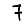
Digit: 7